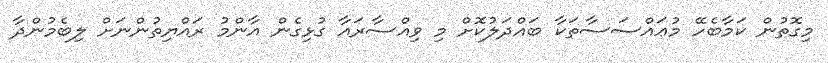
މިގޮތުން ކަމާބެހޭ މުޢައްސަސާތަކާ ބައްދަލުކޮށް މި ވިއްސާރައާ ގުޅިގެން އާންމު ރައްޔިތުންނަށް ލިބެމުންދާ